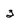
Character: 3